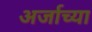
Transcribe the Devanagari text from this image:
अर्जाच्या